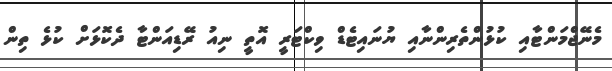
މެނޭޖްމަންޓާއި ކުޅުންތެރިންނާއި ޔުނައިޓެޑް ވިކްޓަރީ އޮތީ ނިއު ރޭޑިއަންޓާ ދެކޮޅަށް ކުޅެ ތިން